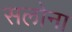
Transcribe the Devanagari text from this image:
सलोना